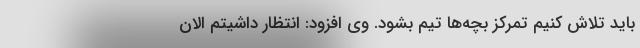
باید تلاش کنیم تمرکز بچه‌ها تیم بشود. وی افزود: انتظار داشیتم الان